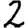
Digit: 2